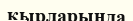
қырларында